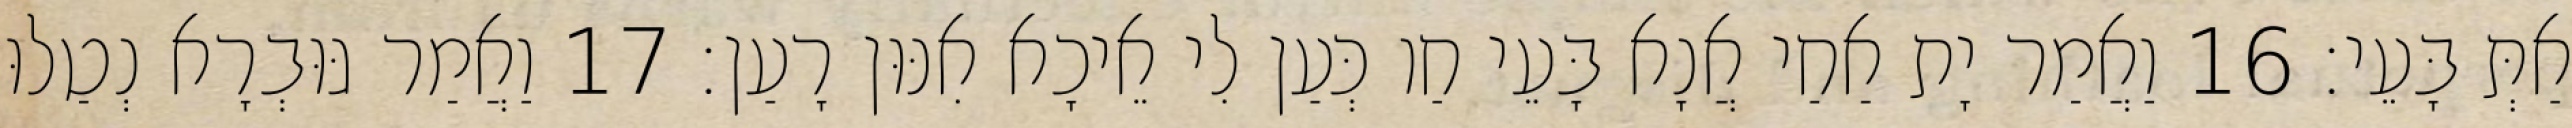
אַתְּ בָּעֵי׃ 16 וַאֲמַר יָת אַחַי אֲנָא בָּעֵי חַו כְּעַן לִי אֵיכָא אִנּוּן רָעַן׃ 17 וַאֲמַר גּוּבְרָא נְטַלוּ